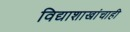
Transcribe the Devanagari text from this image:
विद्याशाखांचाही